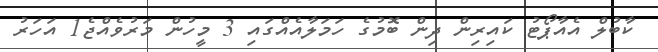
ކާބުލް އެއާޕޯޓު ކައިރިން ދިން ބޮމުގެ ހަމަލާއެއްގައި 3 މީހުން މަރުވެއްޖެ1 އަހަރު